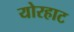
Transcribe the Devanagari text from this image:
योरहाट